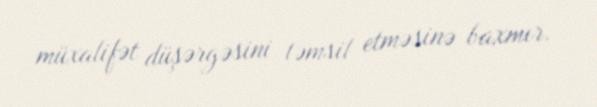
müxalifət düşərgəsini təmsil etməsinə baxmır.